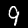
Digit: 9